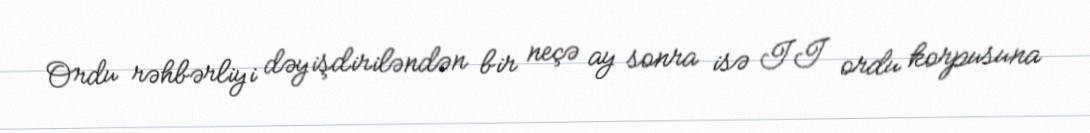
Ordu rəhbərliyi dəyişdiriləndən bir neçə ay sonra isə II ordu korpusuna